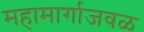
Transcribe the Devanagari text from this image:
महामार्गाजवळ